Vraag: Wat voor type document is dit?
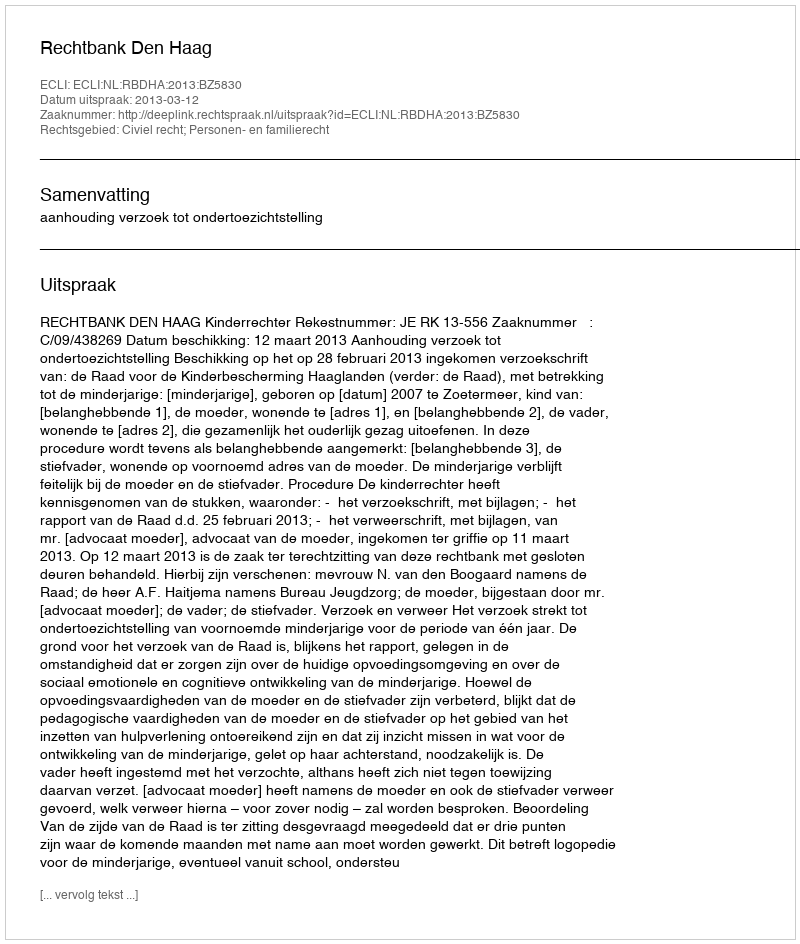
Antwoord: Uitspraak